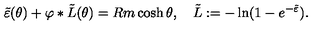
\tilde { \varepsilon } ( \theta ) + \varphi \ast \tilde { L } ( \theta ) = R m \cosh \theta , \quad \tilde { L } : = - \ln ( 1 - e ^ { - \tilde { \varepsilon } } ) .